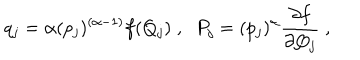
q _ { j } = \alpha ( { p _ { j } } ) ^ { ( \alpha - 1 ) } f ( Q _ { j } ) \; , \; \; P _ { j } = ( { p _ { j } } ) ^ { \alpha } \frac { \partial f } { \partial Q _ { j } } \; ,